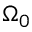
\Omega _ { 0 }